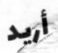
أريد